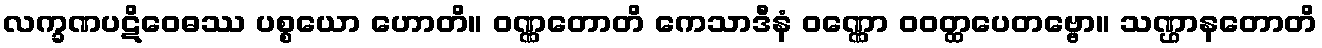
လက္ခဏပဋိဝေဓဿ ပစ္စယော ဟောတိ။ ဝဏ္ဏတောတိ ကေသာဒီနံ ဝဏ္ဏော ဝဝတ္ထပေတဗ္ဗော။ သဏ္ဌာနတောတိ